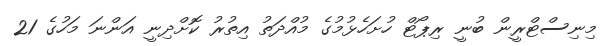
މިނިސްޓްރީން ބުނީ ރިޕޯޓް ހުށަހެޅުމުގެ މުއްދަތު އިތުރު ކޮށްދިނީ އަންނަ މަހުގެ 21